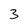
Character: 3